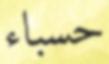
حسباء